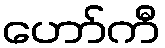
ဟော်ကီ